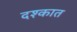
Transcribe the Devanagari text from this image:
दश्कात